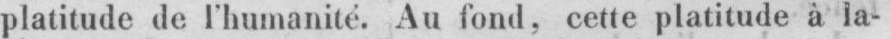
platitude de l’humanité. Au fond, cette platitude à la-